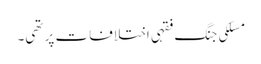
مسلکی جنگ فقہی اختلافات پر تھی۔